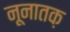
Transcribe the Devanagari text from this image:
नूनातक़